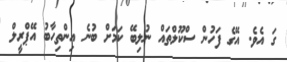
ގަ އެވެ. އޭގެ ފަހުން ސްކޫލްތައް ނުލިބޭ ކަމަށް ބުނެ އިންތިހާބު އޭޕްރީލް